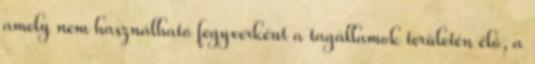
amely nem használható fegyverként a tagállamok területén élő, a